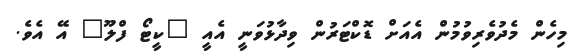
މިހެން މެދުވެރިވުމުން އެއަށް ޑޮކްޓަރުން ވިދާޅުވަނީ އެއީ "ކީޓޯ ފްލޫ" އޭ އެވެ.